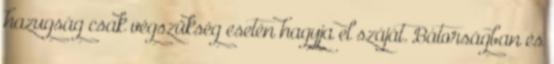
hazugság csak végszükség esetén hagyja el száját. Bátorságban és